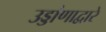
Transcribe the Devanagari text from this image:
उड्डांणाद्वारे